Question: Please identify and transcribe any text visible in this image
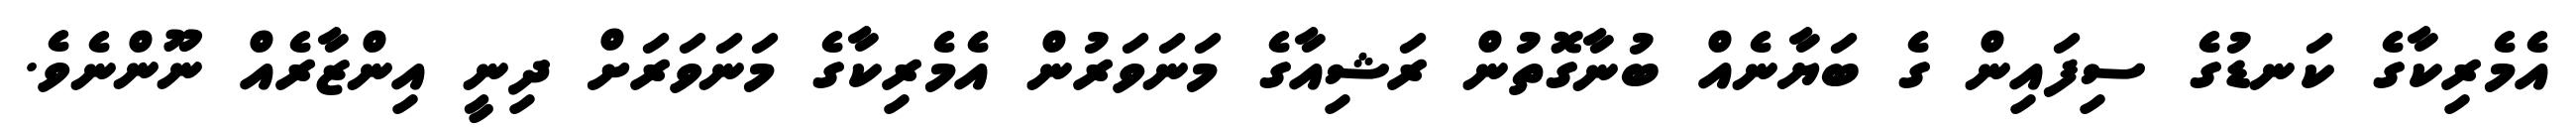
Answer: އެމެރިކާގެ ކަނޑުގެ ސިފައިން ގެ ބަޔާނެއް ބުނާގޮތުން ރަޝިއާގެ މަނަވަރުން އެމެރިކާގެ މަނަވަރަށް ދިނީ އިންޒާރެއް ނޫންނެވެ.